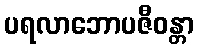
ပရလာဘောပဇီဝန္တာ